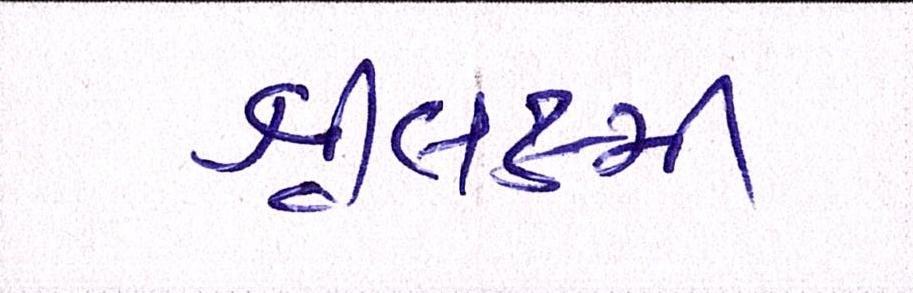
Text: શ્રીલક્ષ્મી